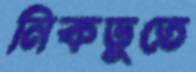
নিকডুতে